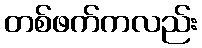
တစ်ဖက်ကလည်း